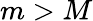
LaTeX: m>M